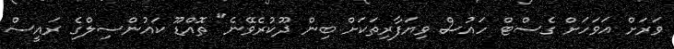
ވަރަށް އަވަހަށް ގެސްޓް ހައުސް ވިޔަފާރިތަކަށް ބިން ދޫކުރެވޭނެ" ތޮއްޑޫ ކައުންސިލްގެ ރައީސް